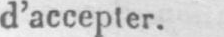
d’accepter.